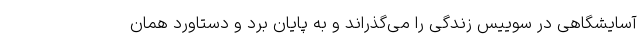
آسایشگاهی در سوییس زندگی را می‌گذراند و به پایان برد و دستاورد همان